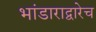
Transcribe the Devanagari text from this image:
भांडाराद्वारेच